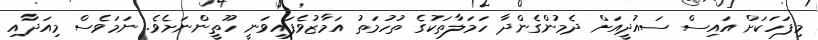
މިފަހަކަށް އައިސް ސައުދީއަށް ދެމުންގެންދާ ހަމަލާތަކުގެ ތުހުމަތު އަމާޒުވެފައިވަނީ ހޫތީންނަށެވެ. ނަމަވެސް މިއަދާއި